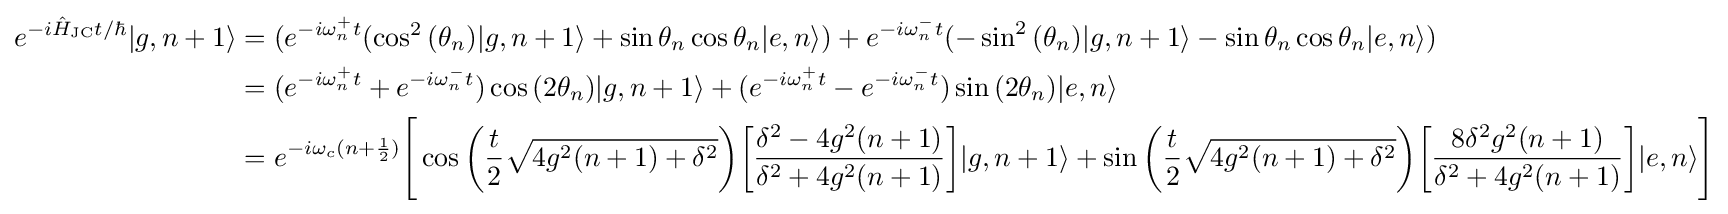
{\begin{aligned}e^{-i{\hat {H}}_{\text{JC}}t/\hbar }|g,n+1\rangle &=(e^{-i\omega _{n}^{+}t}(\cos ^{2}{(\theta _{n})}|g,n+1\rangle +\sin {\theta _{n}}\cos {\theta _{n}}|e,n\rangle )+e^{-i\omega _{n}^{-}t}(-\sin ^{2}{(\theta _{n})}|g,n+1\rangle -\sin {\theta _{n}}\cos {\theta _{n}}|e,n\rangle )\\&=(e^{-i\omega _{n}^{+}t}+e^{-i\omega _{n}^{-}t})\cos {(2\theta _{n})}|g,n+1\rangle +(e^{-i\omega _{n}^{+}t}-e^{-i\omega _{n}^{-}t})\sin {(2\theta _{n})}|e,n\rangle \\&=e^{-i\omega _{c}(n+{\frac {1}{2}})}{\Biggr [}\cos {{\biggr (}{\frac {t}{2}}{\sqrt {4g^{2}(n+1)+\delta ^{2}}}{\biggr )}}{\biggr [}{\frac {\delta ^{2}-4g^{2}(n+1)}{\delta ^{2}+4g^{2}(n+1)}}{\biggr ]}|g,n+1\rangle +\sin {{\biggr (}{\frac {t}{2}}{\sqrt {4g^{2}(n+1)+\delta ^{2}}}{\biggr )}}{\biggr [}{\frac {8\delta ^{2}g^{2}(n+1)}{\delta ^{2}+4g^{2}(n+1)}}{\biggr ]}|e,n\rangle {\Biggr ]}\end{aligned}}